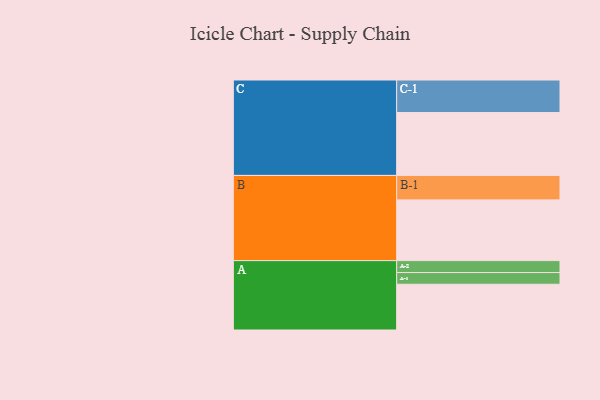
{"axis": {"x": "Segment", "y": "Value"}, "legend": ["", "A", "B", "C"], "data": [{"x": "A", "y": 376, "type": ""}, {"x": "B", "y": 499, "type": ""}, {"x": "C", "y": 517, "type": ""}, {"x": "A-1", "y": 96, "type": "A"}, {"x": "A-2", "y": 98, "type": "A"}, {"x": "B-1", "y": 201, "type": "B"}, {"x": "C-1", "y": 267, "type": "C"}]}